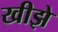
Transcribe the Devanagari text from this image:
खीझे